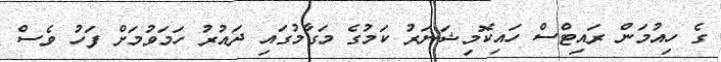
ގެ ހިއުމަން ރައިޓްސް ހައިކޮމިޝަނަރު ކަމުގެ މަގާމުގައި ދައުރު ހަމަވުމަށް ފަހު ވެސް